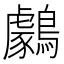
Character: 𪆺